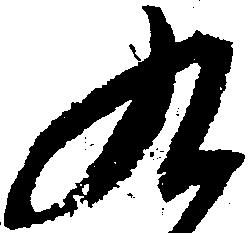
九